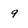
Character: 9